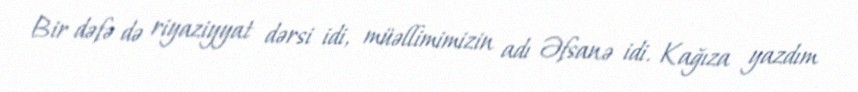
Bir dəfə də riyaziyyat dərsi idi, müəllimimizin adı Əfsanə idi. Kağıza yazdım